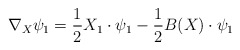
\begin{align*}\nabla_X\psi_1=\frac{1}{2}X_1\cdot\psi_1-\frac{1}{2}B(X)\cdot\psi_1\end{align*}